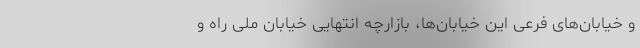
و خیابان‌های فرعی این خیابان‌ها، بازارچه انتهایی خیابان ملی راه و